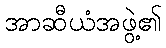
အာဆီယံအဖွဲ့၏